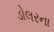
ડોલરના